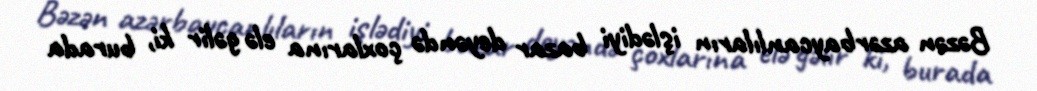
Bəzən azərbaycanlıların işlədiyi bazar deyəndə çoxlarına elə gəlir ki, burada